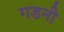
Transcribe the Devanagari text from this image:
गडनी